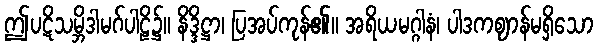
ဤပဋိသမ္ဘိဒါမဂ်ပါဠိ၌။ နိဒ္ဒိဋ္ဌာ၊ ပြအပ်ကုန်၏။ အရိယမဂ္ဂါနံ၊ ပါဒကဈာန်မရှိသော